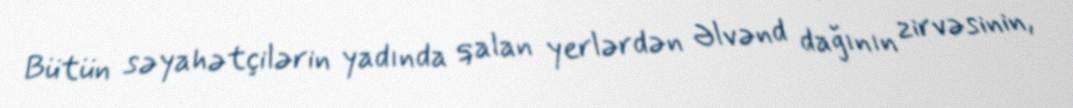
Bütün səyahətçilərin yadında qalan yerlərdən Əlvənd dağının zirvəsinin,